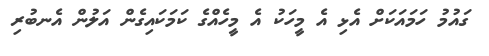
ގައުމު ހަމައަކަށް އެޅި އެ މީހަކު އެ މީހެއްގެ ކަމަކައިގެން އަލުން އެނބުރި